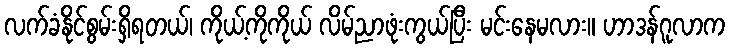
လက်ခံနိုင်စွမ်းရှိရတယ်၊ ကိုယ့်ကိုကိုယ် လိမ်ညာဖုံးကွယ်ပြီး မင်းနေမလား။ ဟာဒန်ဂူလာက